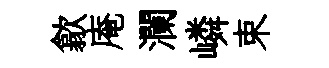
歙庵瀾嶙束